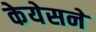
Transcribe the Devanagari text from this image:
केयेसने